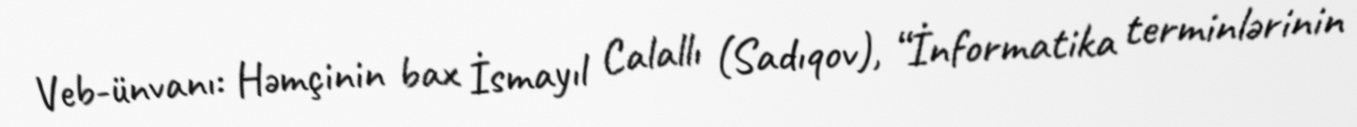
Veb-ünvanı: Həmçinin bax İsmayıl Calallı (Sadıqov), “İnformatika terminlərinin